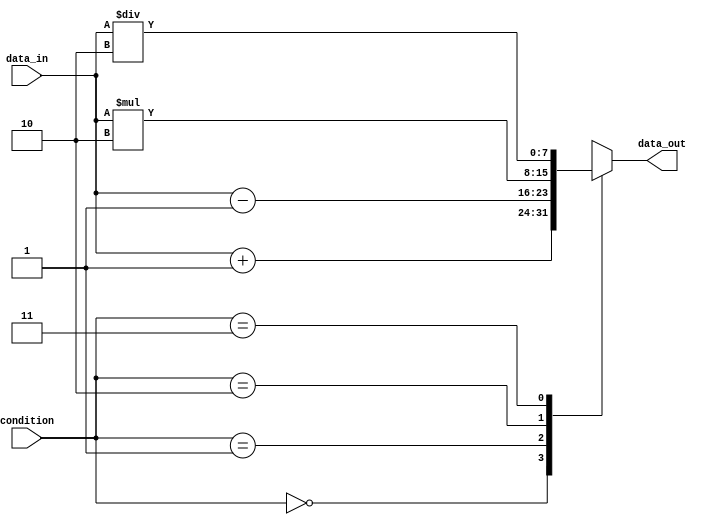
module parallel_case_statement (
    input wire [1:0] condition,
    input wire [7:0] data_in,
    output wire [7:0] data_out
);

reg [7:0] tmp_data_out;

always @* begin
    case (condition)
        2'b00: tmp_data_out = data_in + 8'b00000001;
        2'b01: tmp_data_out = data_in - 8'b00000001;
        2'b10: tmp_data_out = data_in * 8'b00000010;
        2'b11: tmp_data_out = data_in / 8'b00000010;
    endcase
end

assign data_out = tmp_data_out;

endmodule